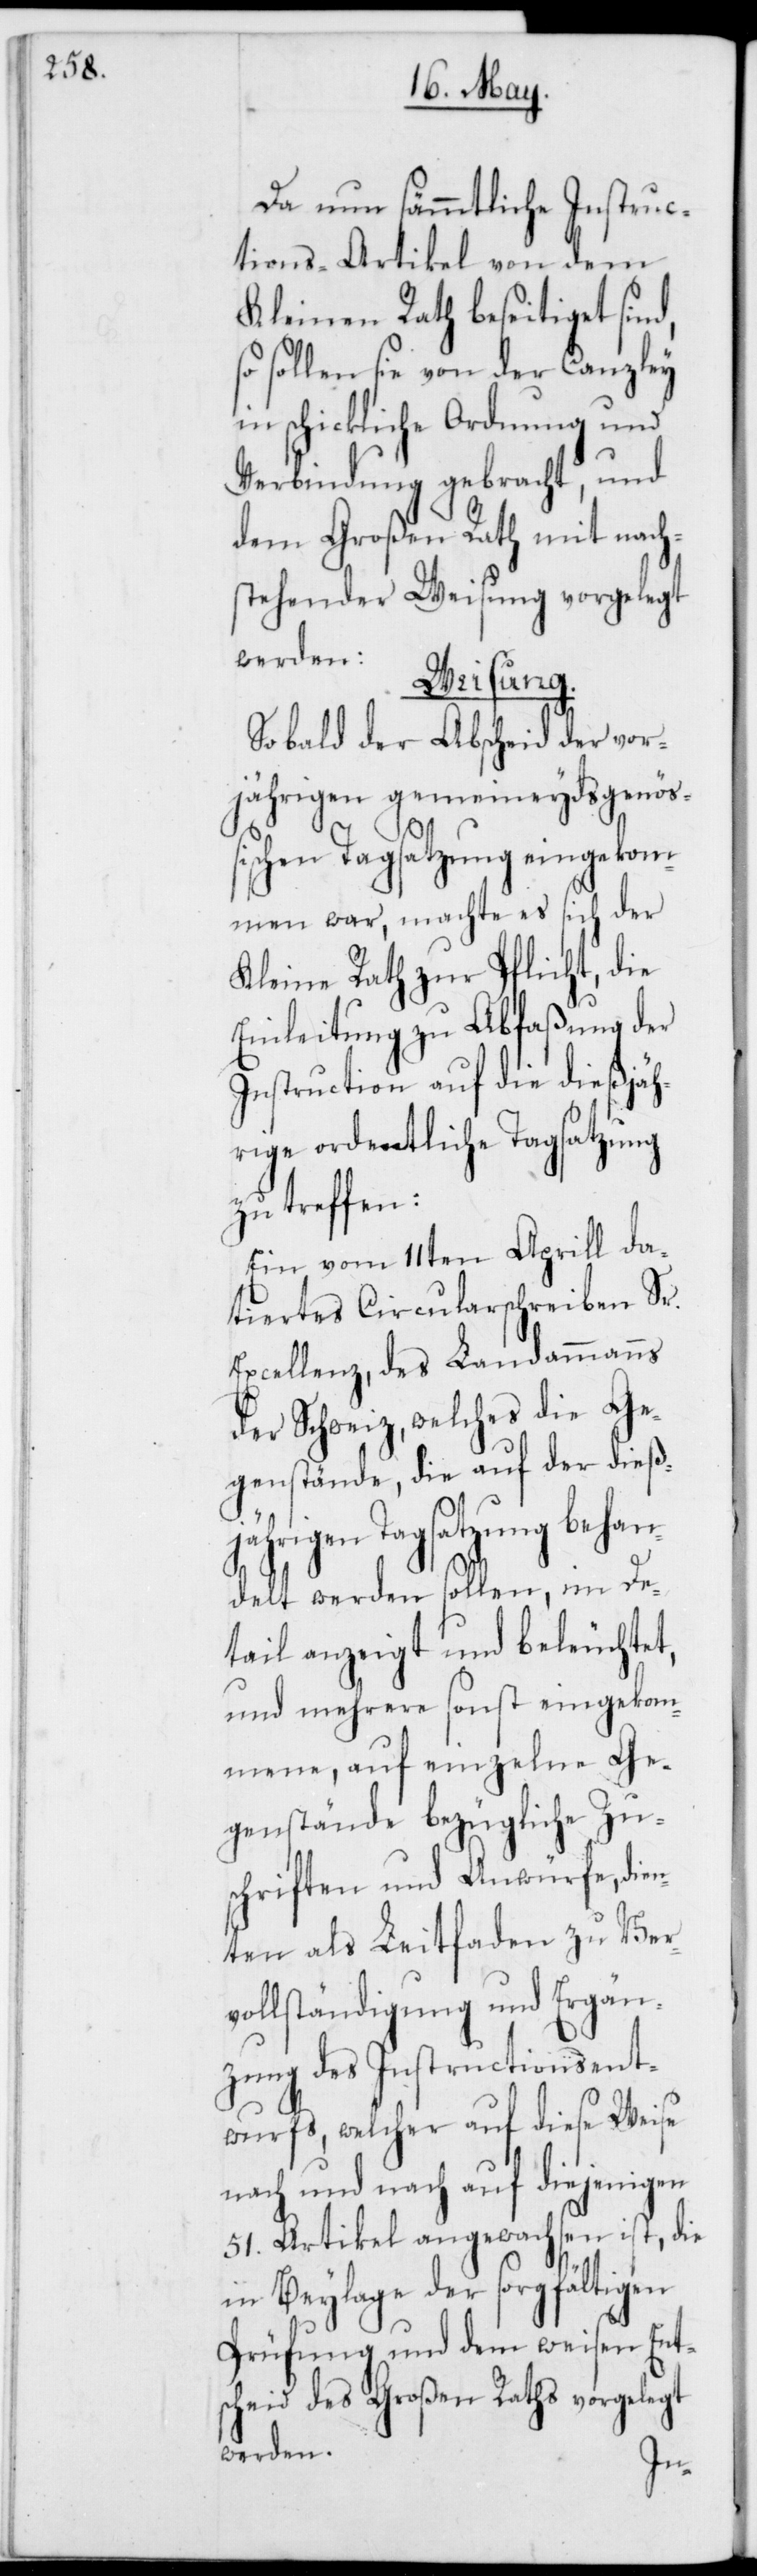
Da nun sämmtliche Instruc¬
tions-Artikel von dem
Kleinen Rath beseitiget sind,
sollen sie von der Canzley
in schickliche Ordnung und
Verbindung gebracht, und
dem Großen Rath mit nach¬
stehender Weisung vorgelegt
werden:
Weisung.
Sobald der Abscheid der vor¬
jährigen gemeineydsgenößi¬
schen Tagsatzung eingekom¬
men war, machte es sich der
Kleine Rath zur Pflicht, die
Einleitung zu Abfaßung der
Instruction auf die dießjäh¬
rige ordentliche Tagsatzung
zu treffen:
Ein vom 11ten Aprill da¬
tiertes Circularschreiben Sr.
Excellenz, des Landammanns
der Schweiz, welches die Ge¬
genstände, die auf der dieß¬
jährigen Tagsatzung behan¬
delt werden sollen, im De¬
tail anzeigt und beleuchtet,
und mehrere sonst eingekom¬
mene, auf einzelne Ge¬
genstände bezügliche Zu¬
schriften und Anwürfe, die¬
nten als Leitfaden zu Ver¬
vollständigung und Ergän¬
zung des Instructionsent¬
wurfs, welcher auf diese Weise
nach und nach auf diejenigen
51 Artikel angewachsen ist, die
in Beylage der sorgfältigen
Prüfung und dem weisen Ent¬
scheid des Großen Raths vorgelegt
werden.